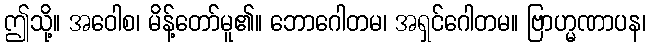
ဤသို့။ အဝေါစ၊ မိန့်တော်မူ၏။ ဘောဂေါတမ၊ အရှင်ဂေါတမ။ ဗြာဟ္မဏာပန၊